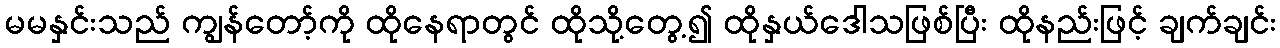
မမနှင်းသည် ကျွန်တော့်ကို ထိုနေရာတွင် ထိုသို့တွေ့၍ ထိုနှယ်ဒေါသဖြစ်ပြီး ထိုနည်းဖြင့် ချက်ချင်း